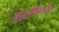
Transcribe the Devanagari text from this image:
आयसीएमआर